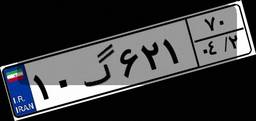
۱۰گ۶۲۱۷۰